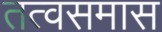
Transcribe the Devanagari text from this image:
तत्वसमास